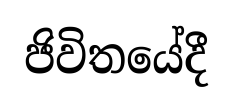
ජිවිතයේදී